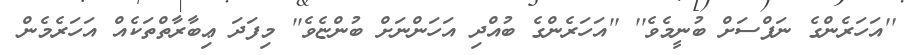
''އަހަރެންގެ ނަފްސަށް ބުނީމެވެ'' ''އަހަރެންގެ ބުއްދި އަހަންނަށް ބުންޏެވެ'' މިފަދަ ޢިބާރާތްތަކެއް އަހަރެމެން